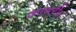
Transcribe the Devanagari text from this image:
कामरी।